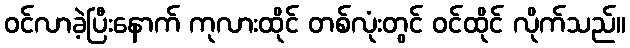
ဝင်လာခဲ့ပြီးနောက် ကုလားထိုင် တစ်လုံးတွင် ဝင်ထိုင် လိုက်သည်။